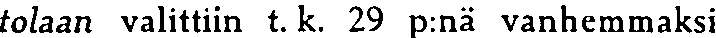
tolaan valittiin t. k. 29 p:nä vanhemmaksi